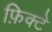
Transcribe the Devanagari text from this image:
फ़िक्टे